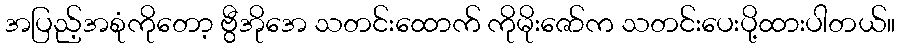
အပြည့်အစုံကိုတော့ ဗွီအိုအေ သတင်းထောက် ကိုမိုးဇော်က သတင်းပေးပို့ထားပါတယ်။